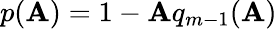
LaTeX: p(\textrm{\textbf{A}})=1-\textrm{\textbf{A}}q_{m-1}(\textrm{\textbf{A}})